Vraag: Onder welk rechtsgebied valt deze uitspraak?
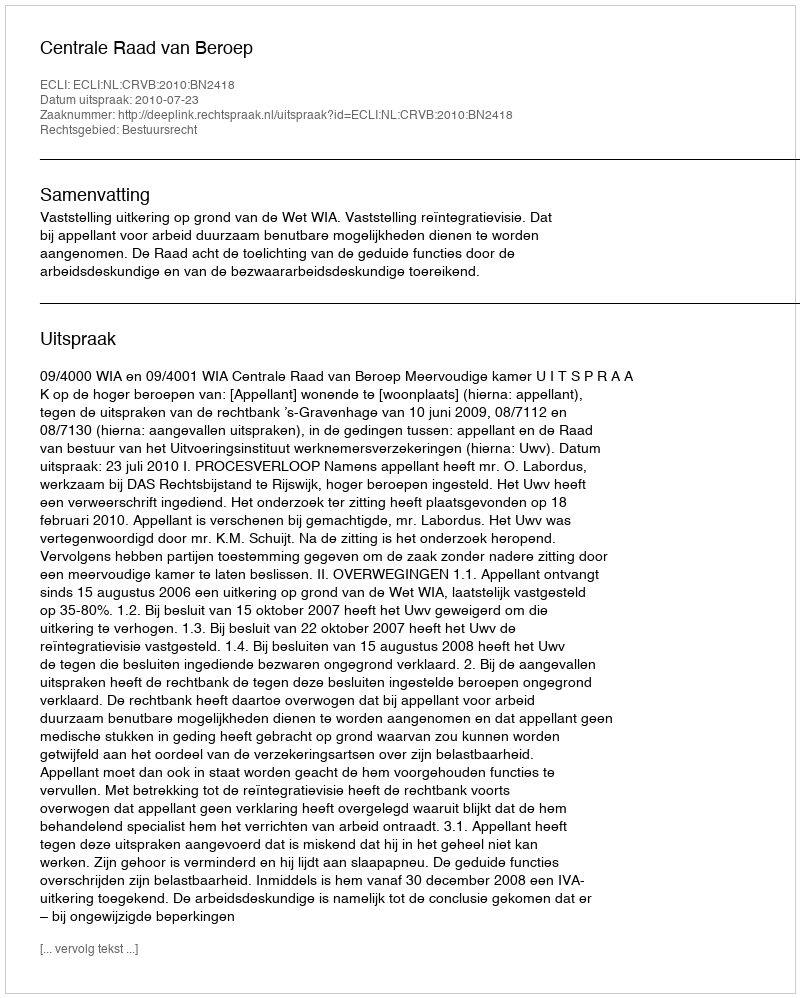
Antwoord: Bestuursrecht